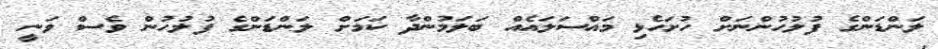
ލަންޑަންގެ ފުލުހުންނަށް ހުށަހެޅި މައްސަލައެއް ބަލަމުންދާ ކަމަށް ލަންޑަންގެ ފުލުހުން ވެސް ވަނީ